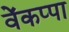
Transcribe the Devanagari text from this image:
वेंकप्पा